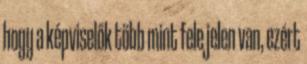
hogy a képviselők több mint fele jelen van, ezért